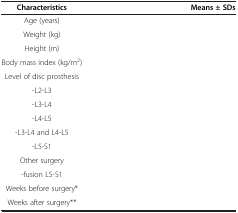
<table><thead><tr><td><b>Characteristics</b></td><td><b>Means ± SDs</b></td></tr></thead><tbody><tr><td>Age (years)</td><td>[EMPTY_CELL]</td></tr><tr><td>Weight (kg)</td><td>[EMPTY_CELL]</td></tr><tr><td>Height (m)</td><td>[EMPTY_CELL]</td></tr><tr><td>Body mass index (kg/m<sup>2</sup>)</td><td>[EMPTY_CELL]</td></tr><tr><td>Level of disc prosthesis</td><td>[EMPTY_CELL]</td></tr><tr><td>-L2-L3</td><td>[EMPTY_CELL]</td></tr><tr><td>-L3-L4</td><td>[EMPTY_CELL]</td></tr><tr><td>-L4-L5</td><td>[EMPTY_CELL]</td></tr><tr><td>-L3-L4 and L4-L5</td><td>[EMPTY_CELL]</td></tr><tr><td>-L5-S1</td><td>[EMPTY_CELL]</td></tr><tr><td>Other surgery</td><td>[EMPTY_CELL]</td></tr><tr><td>-fusion L5-S1</td><td>[EMPTY_CELL]</td></tr><tr><td>Weeks before surgery*</td><td>[EMPTY_CELL]</td></tr><tr><td>Weeks after surgery**</td><td>[EMPTY_CELL]</td></tr></tbody></table>